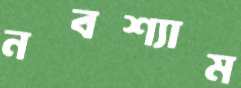
নবশ্যাম